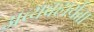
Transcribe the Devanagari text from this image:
अव्यवहार्यता